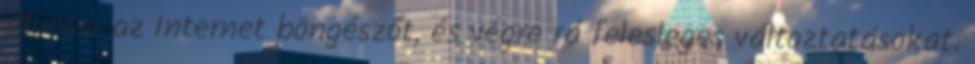
átveszi az Internet böngészőt, és végre rá felesleges változtatásokat.